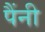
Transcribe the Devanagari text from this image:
पैंनी